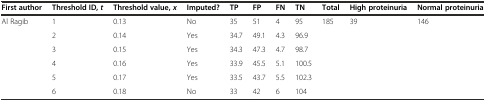
| First author | Threshold ID,t | Threshold value,x | Imputed? | TP | FP | FN | TN | Total | High proteinuria | Normal proteinuria |
 | --- | --- | --- | --- | --- | --- | --- | --- | --- | --- | --- |
 | <ROWSPAN=5> Al Ragib | 1 | 0.13 | No | 35 | 51 | 4 | 95 | 185 | 39 | 146 |
 | 2 | 0.14 | Yes | 34.7 | 49.1 | 4.3 | 96.9 |  |  |  |
 | 3 | 0.15 | Yes | 34.3 | 47.3 | 4.7 | 98.7 |  |  |  |
 | 4 | 0.16 | Yes | 33.9 | 45.5 | 5.1 | 100.5 |  |  |  |
 | 5 | 0.17 | Yes | 33.5 | 43.7 | 5.5 | 102.3 |  |  |  |
 |  | 6 | 0.18 | No | 33 | 42 | 6 | 104 |  |  |  |